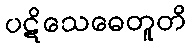
ပဋိသေဓေတူတိ